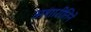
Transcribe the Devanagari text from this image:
अशारीतिने